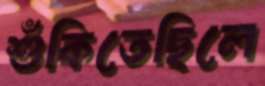
শুঁকিতেছিলে